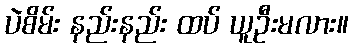
ပဲစိမ်း နည်းနည်း ထပ် ယူဦးမလား။